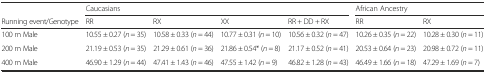
<table><thead><tr><td></td><td colspan="4"><b>Caucasians</b></td><td colspan="2"><b>African Ancestry</b></td></tr><tr><td><b>Running event/Genotype</b></td><td><b>RR</b></td><td><b>RX</b></td><td><b>XX</b></td><td><b>RR + DD + RX</b></td><td><b>RR</b></td><td><b>RX</b></td></tr></thead><tbody><tr><td>100 m Male</td><td>10.55 ± 0.27 (<i>n</i> = 35)</td><td>10.58 ± 0.33 (<i>n</i> = 44)</td><td>10.77 ± 0.31 (<i>n</i> = 10)</td><td>10.56 ± 0.32 (<i>n</i> = 47)</td><td>10.26 ± 0.35 (<i>n</i> = 22)</td><td>10.28 ± 0.30 (<i>n</i> = 11)</td></tr><tr><td>200 m Male</td><td>21.19 ± 0.53 (<i>n</i> = 35)</td><td>21.29 ± 0.61 (<i>n</i> = 36)</td><td>21.86 ± 0.54* (<i>n</i> = 8)</td><td>21.17 ± 0.52 (<i>n</i> = 41)</td><td>20.53 ± 0.64 (<i>n</i> = 23)</td><td>20.98 ± 0.72 (<i>n</i> = 11)</td></tr><tr><td>400 m Male</td><td>46.90 ± 1.29 (<i>n</i> = 44)</td><td>47.41 ± 1.43 (<i>n</i> = 46)</td><td>47.55 ± 1.42 (<i>n</i> = 9)</td><td>46.82 ± 1.28 (<i>n</i> = 43)</td><td>46.49 ± 1.66 (<i>n</i> = 18)</td><td>47.29 ± 1.69 (<i>n</i> = 7)</td></tr></tbody></table>